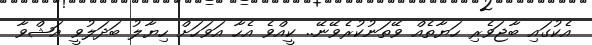
އެކުގައި ބާޖަވެރި ހަޔާތެއް ވޭތަނުކުރެވޭނޭ.. ކީއްވެ އެހާ އަވަހަށް ހިޔާލު ބަދަލުވީ އަޝްވާ